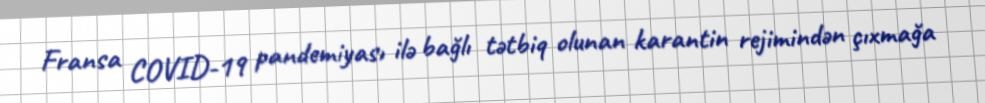
Fransa COVID-19 pandemiyası ilə bağlı tətbiq olunan karantin rejimindən çıxmağa